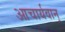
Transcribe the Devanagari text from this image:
आचार्यवान्